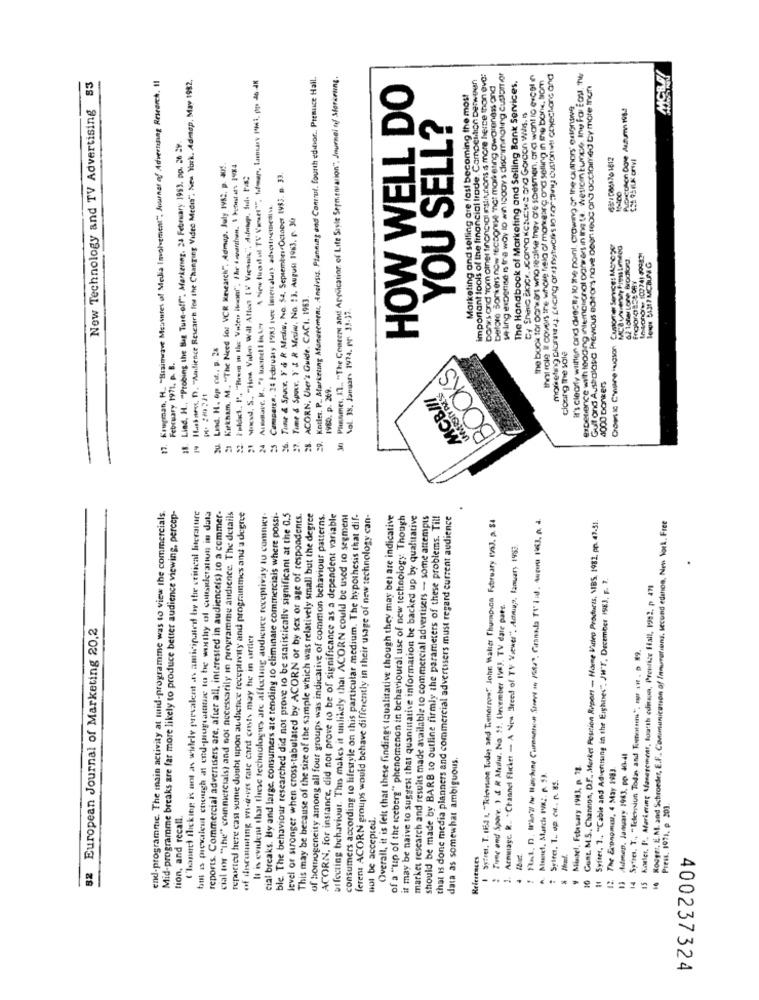
19 Huskness, D. "Audience Research Fos the Changing Video Medis", New York. Admap, May 1982,
A New foodol TU S'est", Ideas, lamav 10i, pp 46-4
Kotler. P. Marketing Management, Ensiveis Planning and Control. fourth edition .. Presuce Hall.
Pinomes, Il .. "The Concert and Application of Life Style Sermentation", Journal of Sorerung,
important tools of the financial trade. Competition Detween
Dans ond Tom diner financial institutions is more herce thon eve:
se ling expense is the way 10 win 1000y's discriminating customfor
the book tor ban ans who realise thev d'e salesmen, and want to excelin
Ihn role it covers the whole fiala of morearc ond selling in the bone, tiom
morireting Dianne , pricing aringtwcis to forcing cusions cojechane and
Experience with loding inlemclicnal coners in ing ta. westomtumnce. Ine Far Eos, the
New Technology and TV Advertising 83
17. Krugman, H_ "Brainwave Measures of Media Involvement" Journal of Advertising Research. 11
HOW WELL DO
before Bonkers now recognise not marketing awareness and
The Handbook of Marketing and Selling Bank Services,
Gult and Australasia Previous editors have ocon rec and acclaimed by more than
Marketing and selling are fast becoming the most
it's clearly wulften and direct, 10 the point, Crowing of the authors' extensive
Puoicolon Dove Asaumn 198.1
YOU SELL?
18. Lind, H ., "Probing the Bug Ture-off". Markenng, 28 February 1993, pp. 26 29.
Kirkham, M. "The Need for VCR Kesearch" Admap, July 1982. p aus.
" www. S. "How Valen Will Alles (V Vigents", Asong, Sd Pa
Tune & Space, Y & R Medis, No. 54, September October 1993. p. 33.
10-100
Camperga. 28 february 19985 twee Imercalas advertreibediv.
Time & Spor, Y & R Mow, No. 13. August 1983, p. 30
MCa Uweny Pies Limeog
02 1obertone Brodtons.
14ono we 107741 49982
lowe 54317 MCBUNG
ACORN, User's Guide. CACI. 1963
Sal 35. Januar. 1974. Pr 33-37
24 Almdale. K. " Mases I bn k-
u. Lisd. H. op of ., p. 2%
February 1971. P. B.
cloung the sole
BOOKS
4000 Donkers
PS. 2009221
1980. p. 269.
UMOTY DESS
MCB/II
Channel flicking is ant as widely prevalent as amicinated by the critical literature
end-programme. The main activity at mid-programme was to view the commercials.
Mid-programme breaks are far more likely to produce better audience viewing, percep-
but is prevalent ctough at end-programtie to be worthy of connieration in data
reports. Commercial advertisers are, after all, interested in audienceis) to a commer-
cial tos "the" commercials) and not necessarily in programme audience. The details
reported here cast sume doubt upon audience receptivity and prognunmes and a degree
It is evident that these technologies are affecting audience receptivay to commer
cial breaks. By and large, consumers are tending to eliminate commercials where possi-
ble. The behaviour researched did not prove to be statistically significant at the 0.5
level of stronger when cross-tabulated by ACORN or by sex or age of respondents.
This may be because of the size of the sample which was relatively small but the degree
of homogeneity among all four groups was indicative of common behaviour patterns.
ACORN, for instance, did not prove to be of significance as a dependent variable
wifecting behaviour. This makes it unlikely that ACORN could be used to segment
consumers according to lifestyle on this particular medium. The hypothesis that dif-
feren: ACORN groups would behave differently in their usage of new technology can-
Overall, it is felt that these findings (qualitative though they may be) are indicative
of a "up of the iceberg" phenomenon in behavioural use of new technology: Though
it may be naive to suggest that quantitative information be backed up by qualitative
market research and results made available to commercial advertisers - some attempts
should be made by BARB to outline firmly the parameters of these problems. Till
that is done media planners and commercial advertisers must regard current audience
.
Sytret, T. 1154 t, "Television Today and Tomorrow? John Walter Thumpuna February 195J. p. 54
10 Gust. M.S ., Channon, D.F. Merket Position Report - Homme Virteo Products, NIBS. 1981, pp. 47-51.
Rouge :, E.M. and Schroeder, E.F. Communication of Innovations, second edanon, Non York, Free
Armsage. R .. . Channel Flicket - A New Breed of TV Viewer", Admiup, fanuary 1983.
Synes. 1. "Cable and Advertising in the Eighties", JH"Y, December 1983, F. 7.
Koster, I'. Markering Management, fourth edition, Prentice Hall, 1982. p 471
Twee ond Spore. ) & R Aturlu. No. 51. Urvember 196]. TV date pars.
82 European Journal of Marketing 20,2
of discounting yri-a-vis rate card cents may be in urder
data as somewhat ambiguous.
Adeep, January 1943, pp. 40-41
Mistel, February 1983, p. 18.
The Economist, 4 May 1983.
Syinc. 1. up ci. n. 85.
Press. 1971, p 201.
tion, and recall.
wol be accepted.
References
13
400237324